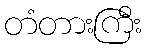
တံတားကြီး